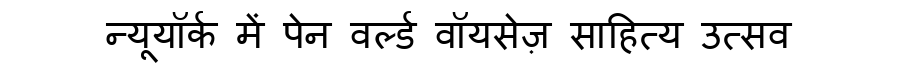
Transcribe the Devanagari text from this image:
न्यूयॉर्क में पेन वर्ल्ड वॉयसेज़ साहित्य उत्सव